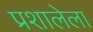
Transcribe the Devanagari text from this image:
प्रशालेला